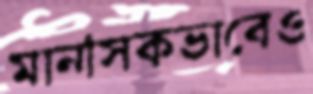
মানসিকভাবেও